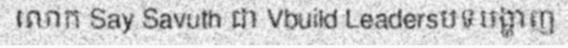
លោក Say Savuth ជា Vbuild Leadersបទបង្ហាញ